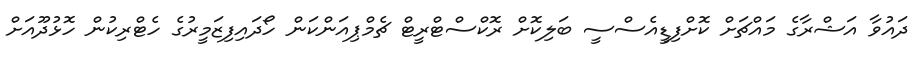
ދައުވާ އަޝްރާގެ މައްޗަށް ކޮށްފިޑީއެސްސީ ބަލިކޮށް ރޮކްސްޓްރީޓް ޗެމްޕިއަންކަން ހޯދައިފިޒަމީރުގެ ހެޓްރިކުން ހޮޅުދޫއަށް